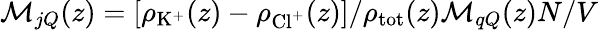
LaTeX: \mathcal{M}_{jQ}(z)=[\rho_{\mathrm{K}^{+}}(z)-\rho_{\mathrm{Cl}^{+}}(z)]/\rho_{\mathrm{tot}}(z)\mathcal{M}_{qQ}(z)N/V